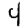
Digit: 4